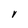
Character: V